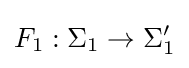
F_{1}:\Sigma _{1}\to \Sigma '_{1}